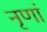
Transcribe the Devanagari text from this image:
नृणां